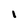
Character: I